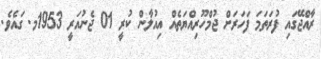
ރާއްޖޭގައި ފުރަތަމަ ފަހަރަށް ޖުމްހޫރިއްޔަތެއް އިއުލާން ކުރީ 01 ޖެނުއަރީ 1953މ. ގައެވެ.